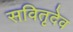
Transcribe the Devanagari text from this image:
सवितृदेव